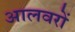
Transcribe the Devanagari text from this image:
आलवरों